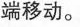
端移动。